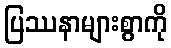
ပြဿနာများစွာကို